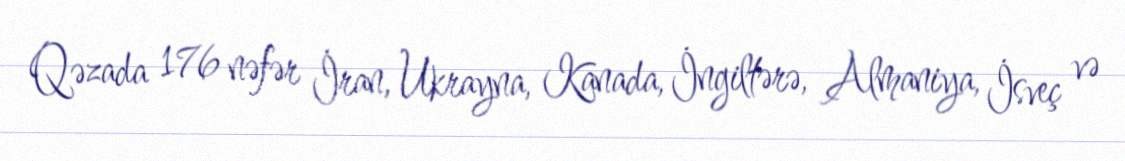
Qəzada 176 nəfər İran, Ukrayna, Kanada, İngiltərə, Almaniya, İsveç və